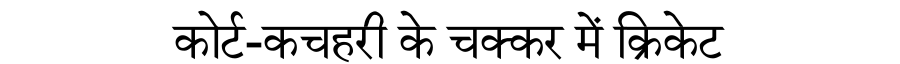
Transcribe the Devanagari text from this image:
कोर्ट-कचहरी के चक्कर में क्रिकेट